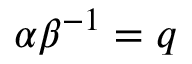
\alpha \beta ^ { - 1 } = q